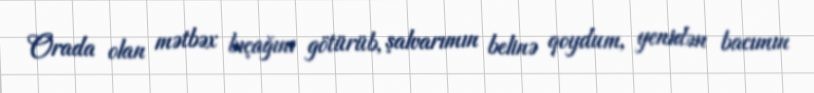
Orada olan mətbəx bıçağını götürüb, şalvarımın belinə qoydum, yenidən bacımın